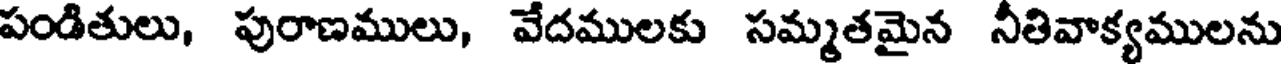
పండితులు, పురాణములు, వేదములకు సమ్మతమైన నీతివాక్యములను